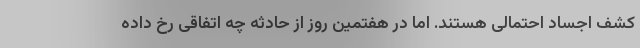
کشف اجساد احتمالی هستند. اما در هفتمین روز از حادثه چه اتفاقی رخ داده